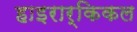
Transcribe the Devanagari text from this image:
हाइरार्किकल